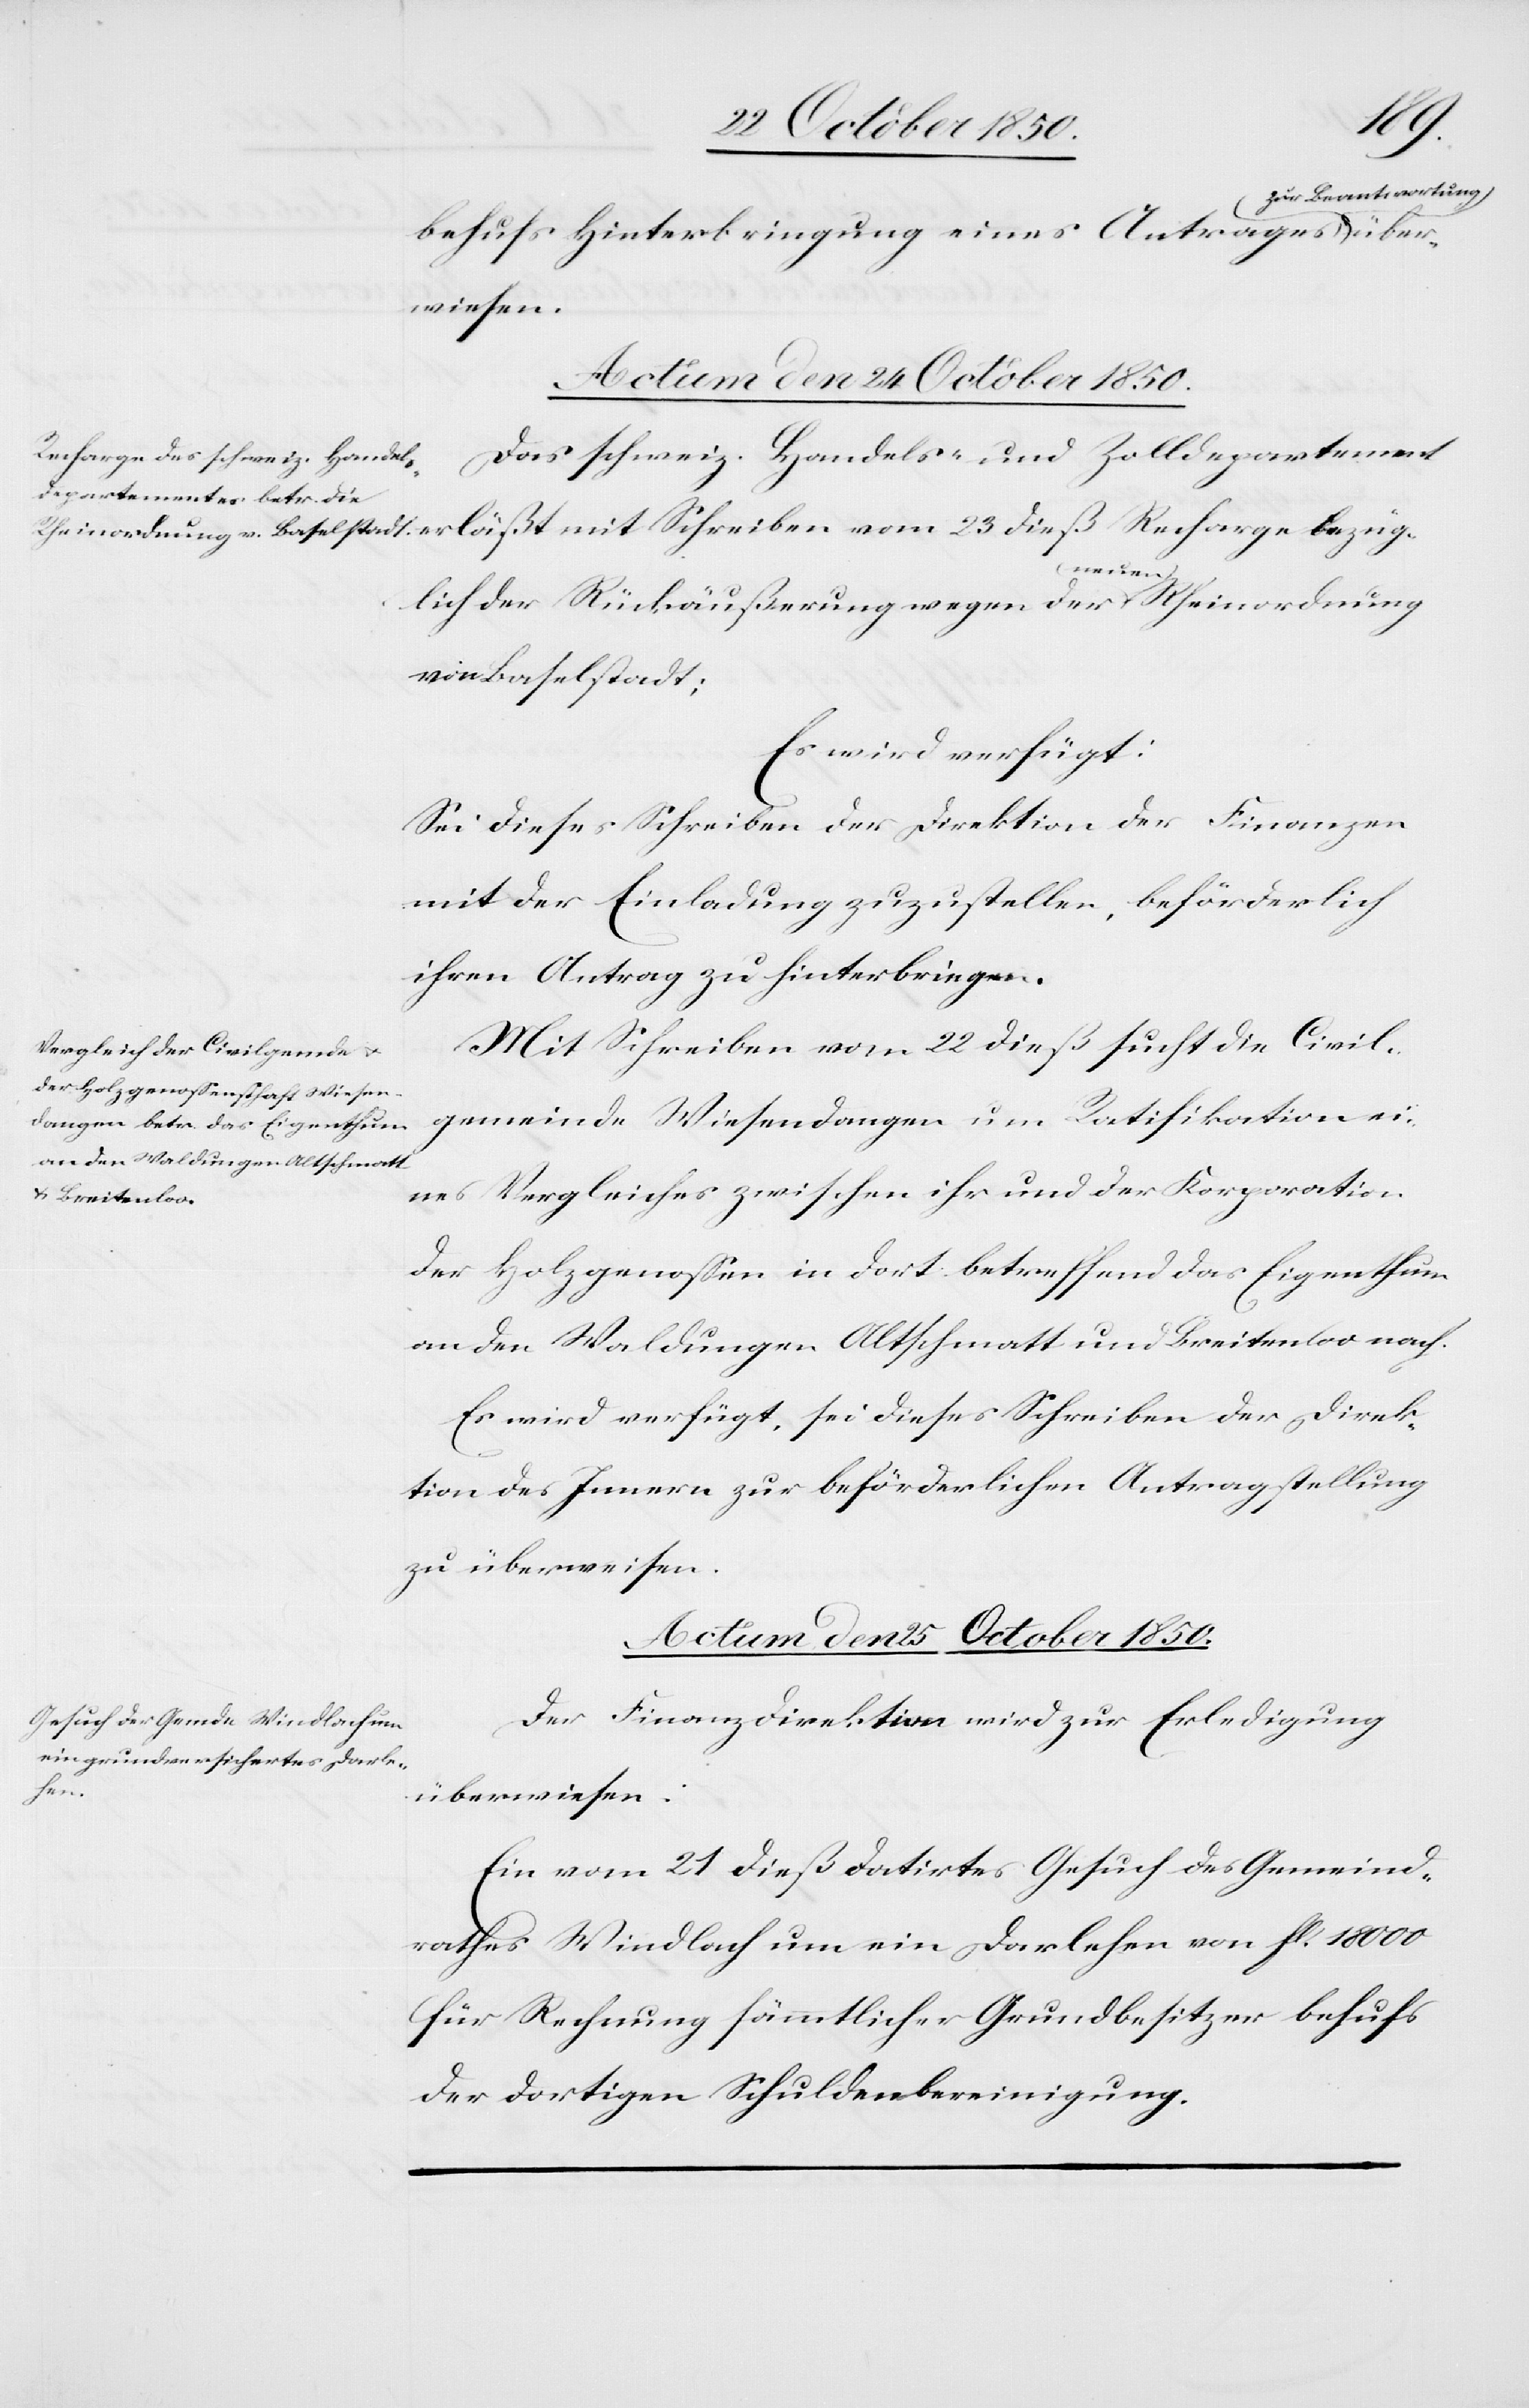
behufs Hinterbringung eines Antrages zur
Actum den 24 October 1850.]
Das schweiz. Handels- und Zolldepartement
Recharge
lich der Rückäußerung wegen der neuen Rheinordnung
von Baselstadt;
Es wird verfügt:
Sei dieses Schreiben der Direktion der Finanzen
mit der Einladung zuzustellen, beförderlich
ihren Antrag zu hinterbringen.
Mit Schreiben vom 22 dieß sucht die Civil¬
gemeinde Wiesendangen um Ratifikation ei¬
nes Vergleiches zwischen ihr und der Korporation
der Holzgenossen in dort betreffend das Eigenthum
an den Waldungen Altschmatt und Breitenloo nach.
Es wird verfügt, sei dieses Schreiben der Direk¬
tion des Innern zur beförderlichen Antragstellung
zu überweisen.
Actum den 25 October 1850.
Der Finanz Direktion wird zur Erledigung
bezüg¬
überwiesen:
Ein vom 21 dieß datirtes Gesuch des Gemeind¬
rathes Windlach um ein Darlehen von fl. 18 000
für Rechnung sämmtlicher Grundbesitzer behufs
der dortigen Schuldenbereinigung.